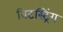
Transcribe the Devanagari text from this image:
बिटस्ट्रिंग